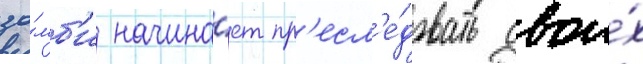
зо́мб'и начина́ет пр'есл'е́довать свои́х